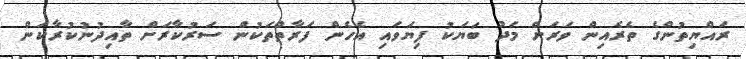
ރައްޔިތުންގެ ތެރެއިން ވަރަށް މަދު ބަޔަކު ފިޔަވައި އެހެން ފަރާތްތަކުން ސަރުކާރަށް ތާއިދުނުކުރާކަން